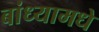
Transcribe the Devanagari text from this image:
बांध्यामधे